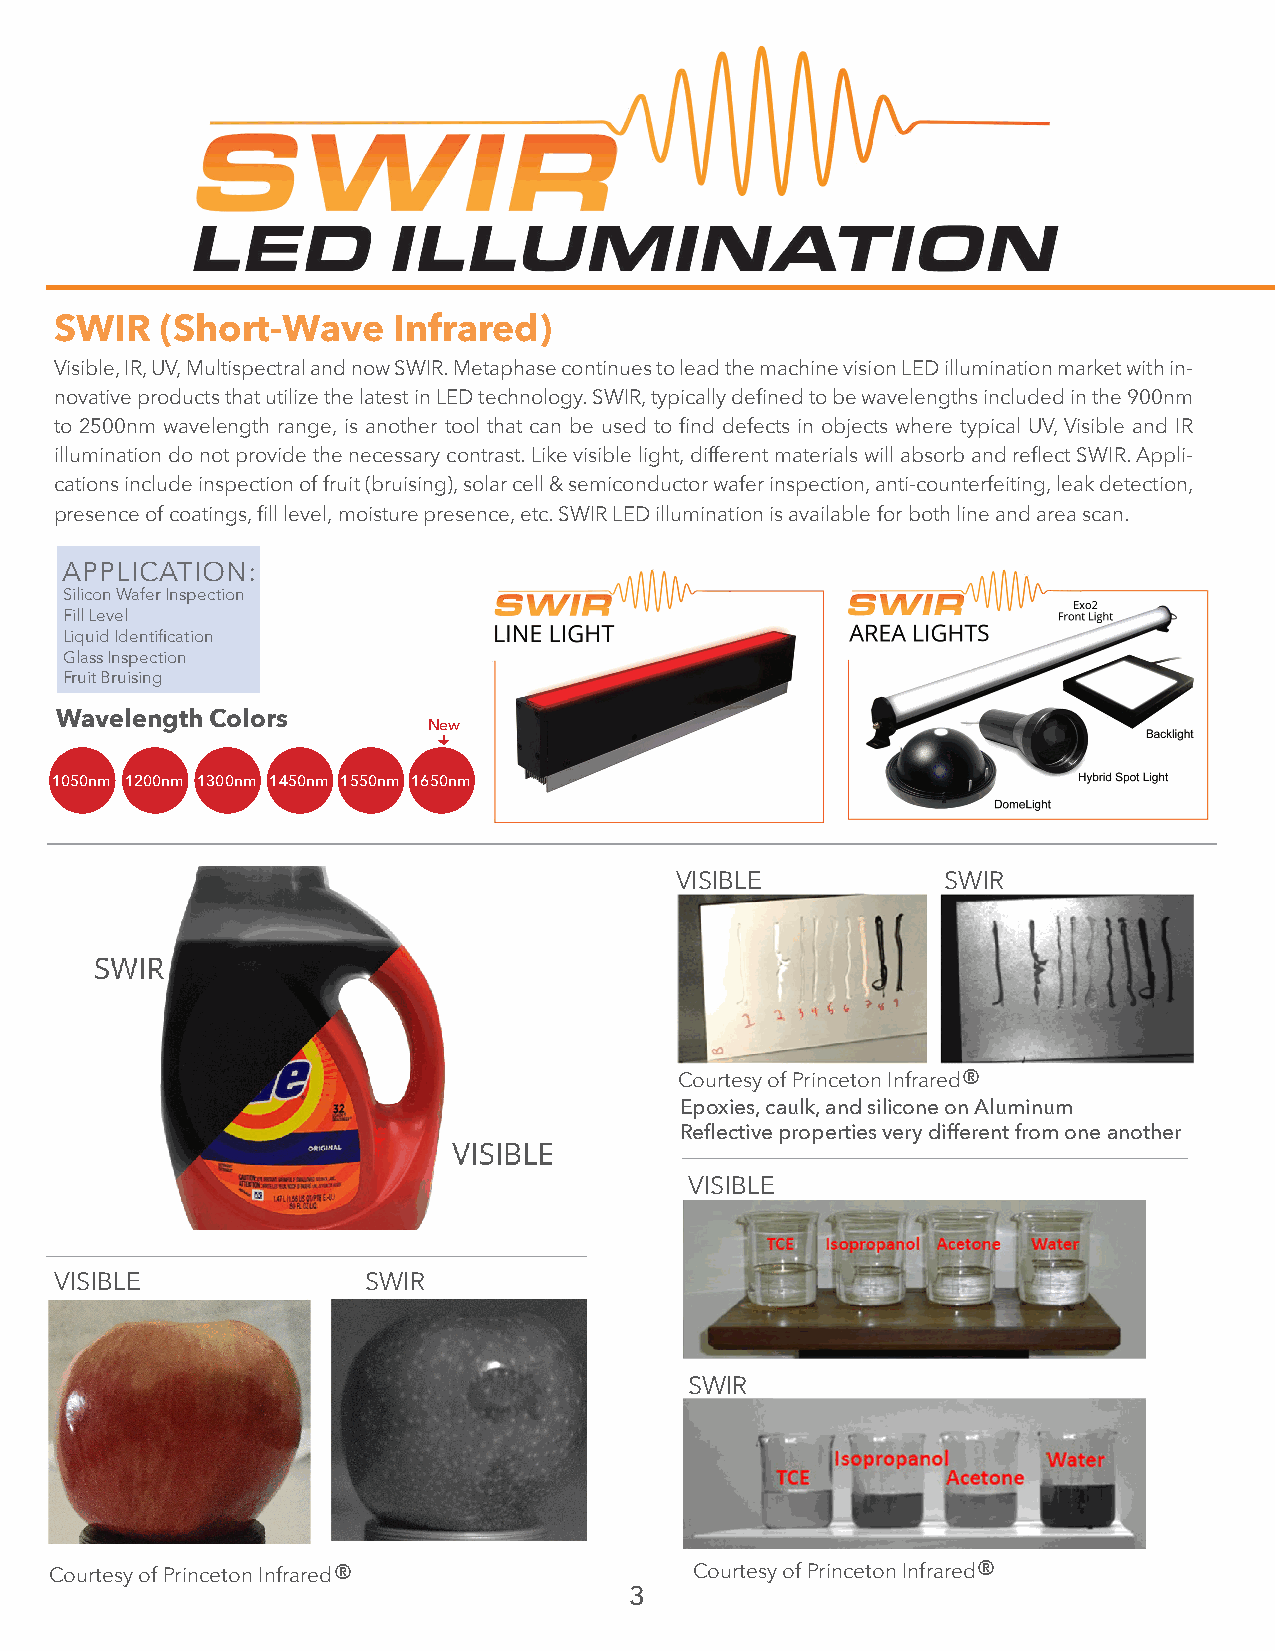
SWIR   (Short-Wave    Infrared)
 Visible, IR, UV, Multispectral and now SWIR. Metaphase continues to lead the machine vision LED illumination market with in-
 novative products that utilize the latest in LED technology. SWIR, typically defined to be wavelengths included in the 900nm
 to 2500nm wavelength range, is another tool that can be used to find defects in objects where typical UV, Visible and IR
 illumination do not provide the necessary contrast. Like visible light, different materials will absorb and reflect SWIR. Appli-
 cations include inspection of fruit (bruising), solar cell & semiconductor wafer inspection, anti-counterfeiting, leak detection,
 presence of coatings, fill level, moisture presence, etc. SWIR LED illumination is available for both line and area scan.
 APPLICATION:
 Silicon Wafer Inspection
 Fill Level
 Liquid Identification
 Glass Inspection
 Fruit Bruising
 Wavelength Colors
 New
 
 1050nm 1200nm 1300nm 1450nm 1550nm 1650nm
 VISIBLE           SWIR
 Courtesy of Princeton Infrared®
 Epoxies, caulk, and silicone on Aluminum
 Reflective properties very different from one another
 VISIBLE
 VISIBLE             SWIR
 SWIR
 Courtesy of Princeton Infrared®            Courtesy of Princeton Infrared®
 3